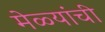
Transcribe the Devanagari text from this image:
मेळ्यांची